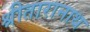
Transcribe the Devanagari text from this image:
श्रीतारानाथ